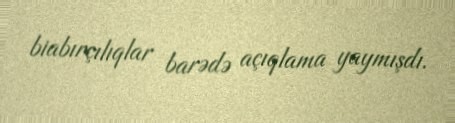
biabırçılıqlar barədə açıqlama yaymışdı.